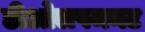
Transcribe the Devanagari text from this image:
डीओलपमनट